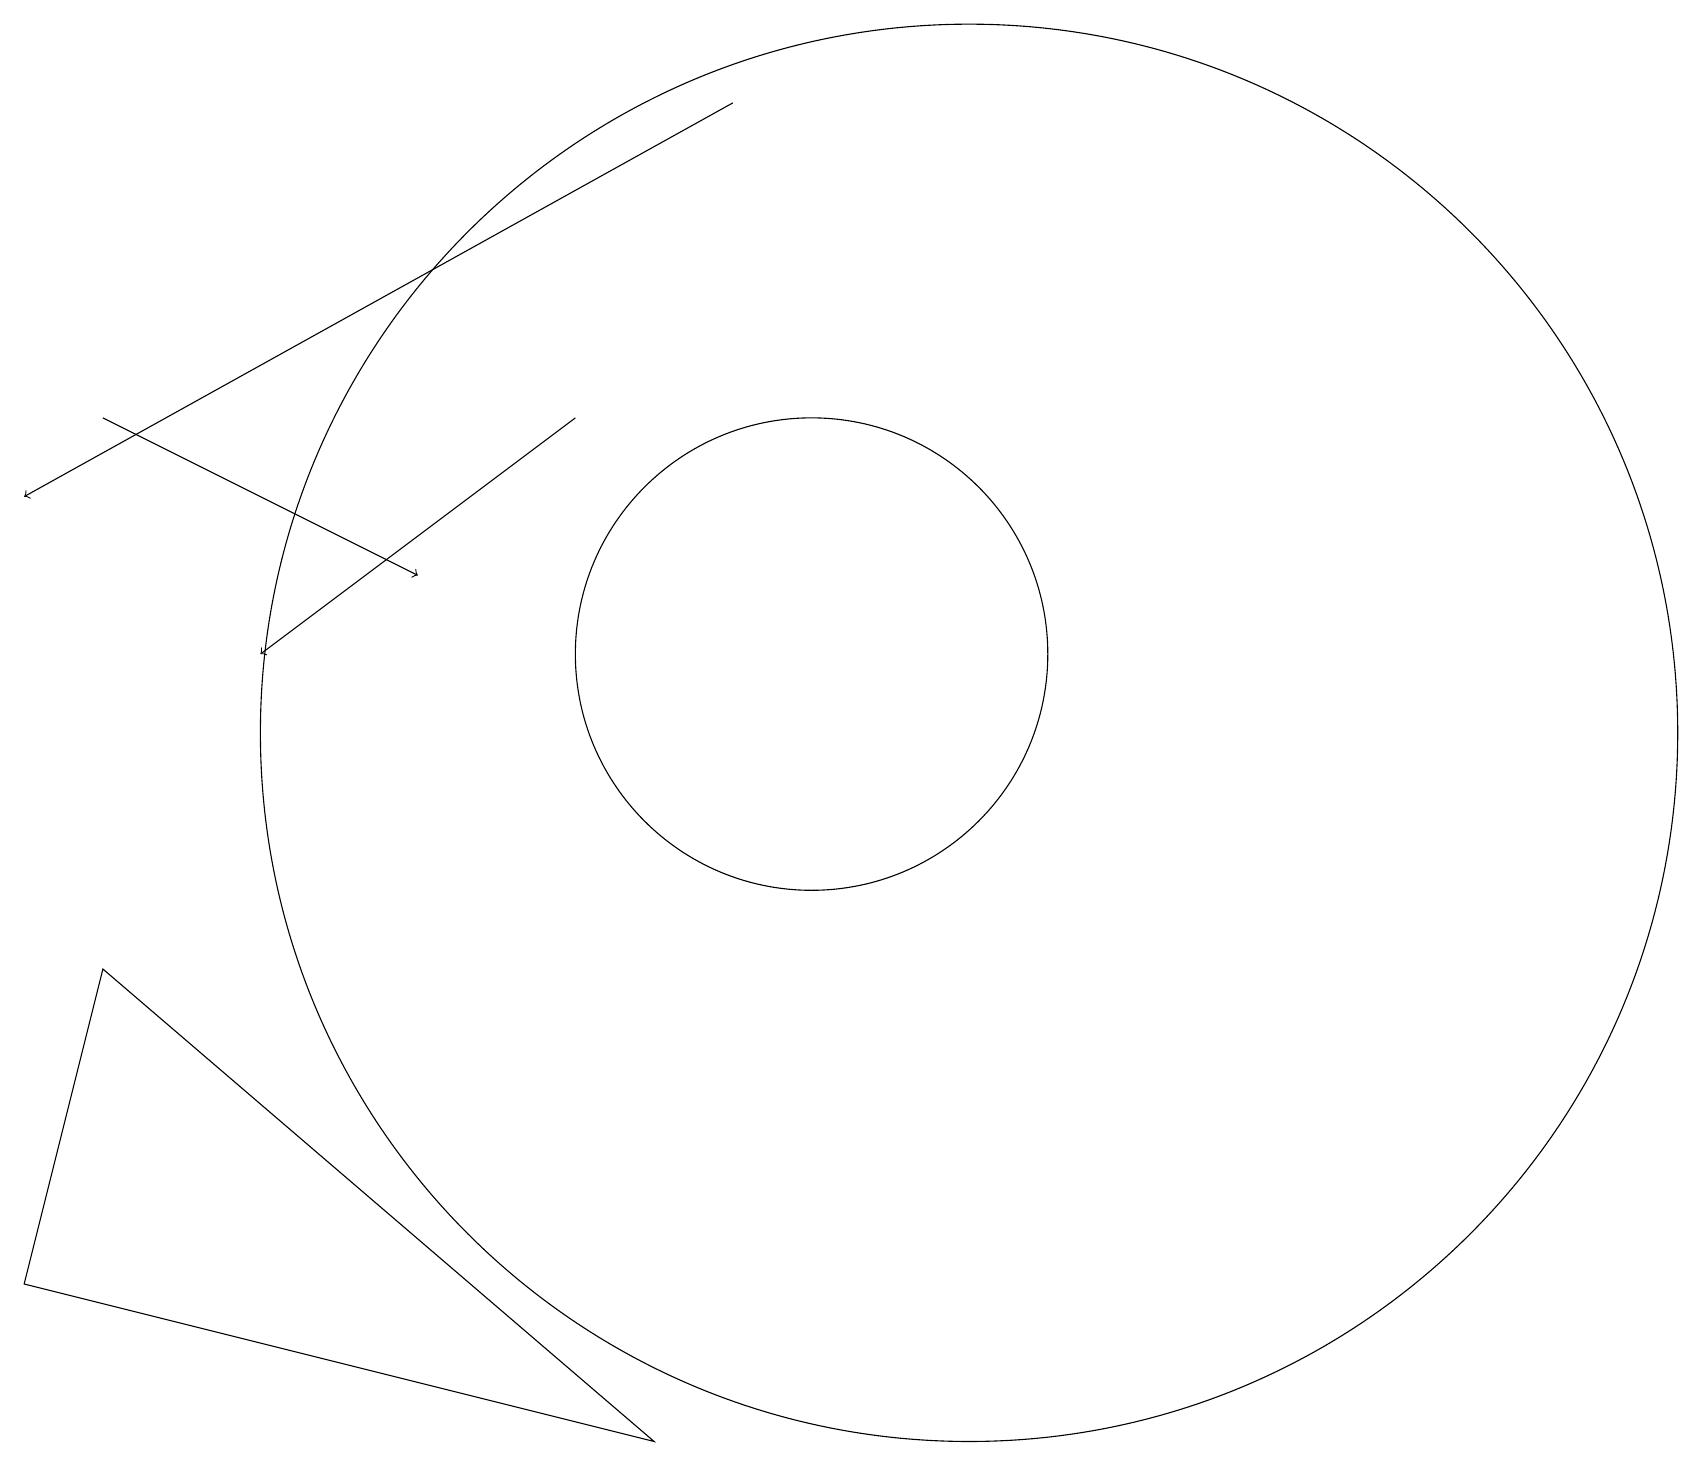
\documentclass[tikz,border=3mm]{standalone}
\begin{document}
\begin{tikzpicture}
\draw[->] (9,18) -- (0,13);
\draw[->] (1,14) -- (5,12);
\draw[->] (7,14) -- (3,11);
\draw (8,1) -- (0,3) -- (1,7) -- cycle;
\draw (10,11) circle (3);
\draw (12,10) circle (9);
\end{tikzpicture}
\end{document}